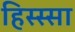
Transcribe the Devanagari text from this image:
हिस्स्सा